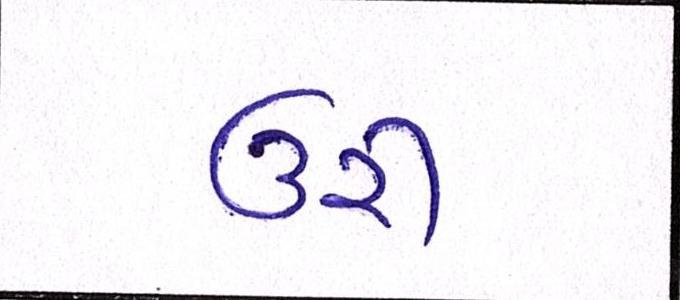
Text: ઉરી